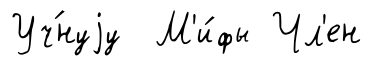
Уч́нуjу М'и́фы Чл'ен